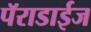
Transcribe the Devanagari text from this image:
पॅराडाईज